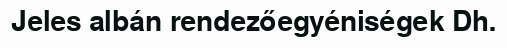
Jeles albán rendezőegyéniségek Dh.